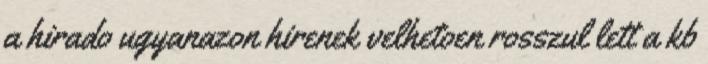
a hirado ugyanazon hirenek velhetoen rosszul lett a kb